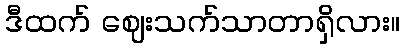
ဒီထက် ဈေးသက်သာတာရှိလား။